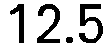
12.5